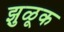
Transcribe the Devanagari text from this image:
झुळूक